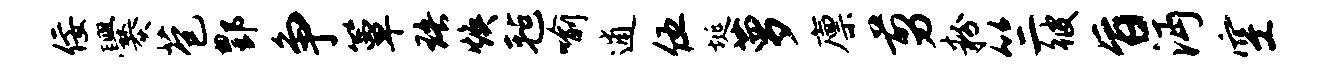
佞爨苞酆争簟珞焕毡喻逋伍埏萝廪剪粉竺彼旨沔空